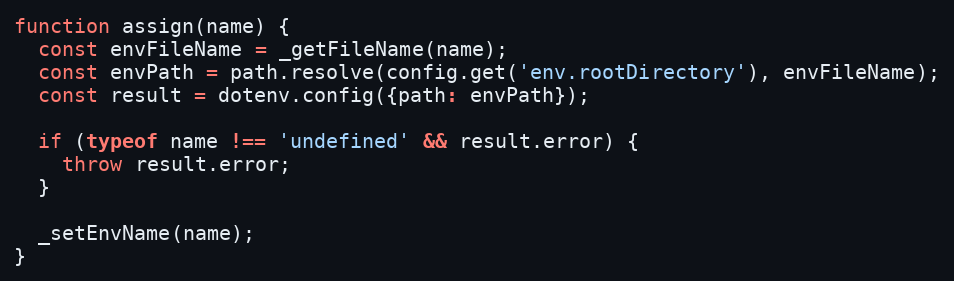
Language: JavaScript
function assign(name) {
  const envFileName = _getFileName(name);
  const envPath = path.resolve(config.get('env.rootDirectory'), envFileName);
  const result = dotenv.config({path: envPath});

  if (typeof name !== 'undefined' && result.error) {
    throw result.error;
  }

  _setEnvName(name);
}